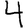
Digit: 4